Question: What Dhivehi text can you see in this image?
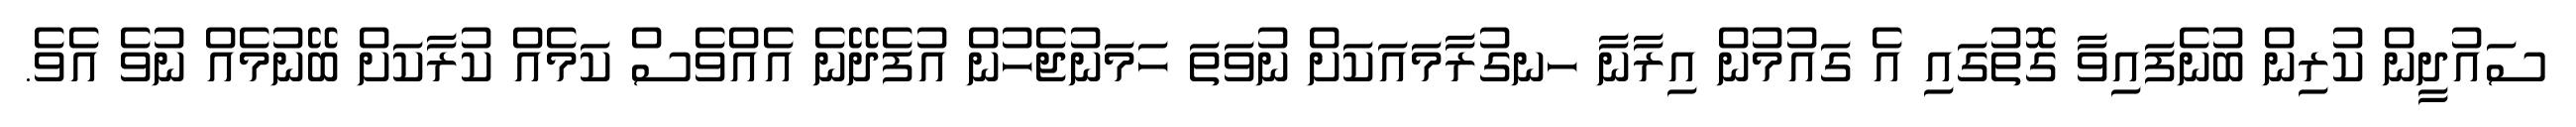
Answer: ސައުދީން ކުރިން ބުނެފައިވާ ގޮތުގައި އެ ގައުމުން އިރާނާ ހނގުރާމައަކަށް ނުވަތަ ހަމަނުޖެހުން އުފެދޭނެ އެއްވެސް ކަމެއް ކުރާކަށް ބޭނުމެއް ނުވެ އެވެ.